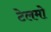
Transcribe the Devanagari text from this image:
टेलमो